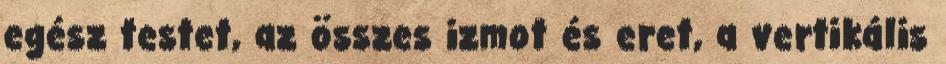
egész testet, az összes izmot és eret, a vertikális